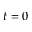
t = 0